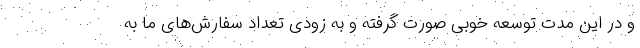
و در این مدت توسعه خوبی صورت گرفته و به زودی تعداد سفارش‌های ما به